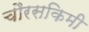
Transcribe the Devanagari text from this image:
चौरसकिमी